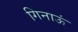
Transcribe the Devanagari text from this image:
गिनाऊं